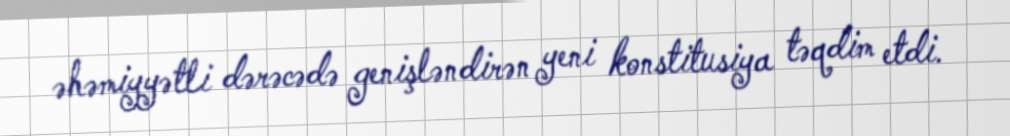
əhəmiyyətli dərəcədə genişləndirən yeni konstitusiya təqdim etdi.